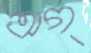
অগ্